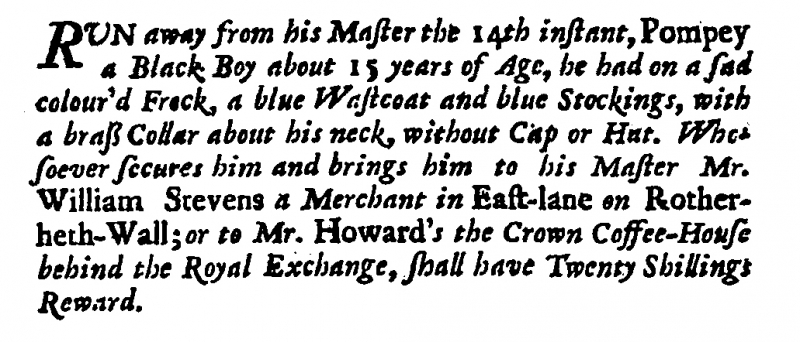
Daily Courant, 22 May 1703 (England)
RUN away from his Master the 14th instant, Pompey a Black Boy about 15 years of Age, he had on a sad colour’d Frock, a blue Wastcoat and blue Stockings, with a brass Collar about his neck, without Cap or Hat. Whosoever secures him and brings him to his Master Mr. William Stevens a Merchant in East-lane on Rotherheth-Wall; or to Mr. Howard’s the Crown Coffee-House behind the Royal Exchange, shall have Twenty Shillings Reward.